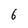
Character: 6